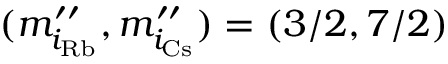
( m _ { i _ { \mathrm { R b } } } ^ { \prime \prime } , m _ { i _ { \mathrm { C s } } } ^ { \prime \prime } ) = ( 3 / 2 , 7 / 2 )